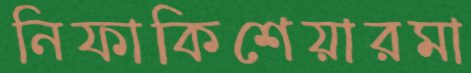
নিফাকিশেয়ারমা